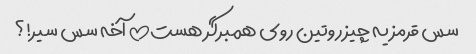
سس قرمز یه چیز روتین روی همبرگر هست!! آخه سس سیر!؟